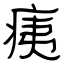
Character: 痍